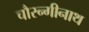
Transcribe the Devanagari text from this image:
चौरन्गीनाथ